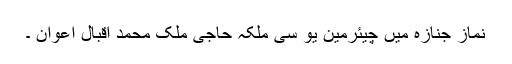
نماز جنازہ میں چیئرمین یو سی ملکہ حاجی ملک محمد اقبال اعوان ۔